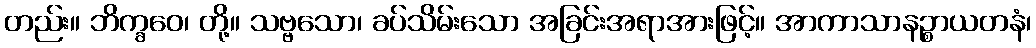
တည်း။ ဘိက္ခဝေ၊ တို့။ သဗ္ဗသော၊ ခပ်သိမ်းသော အခြင်းအရာအားဖြင့်။ အာကာသာနဉ္စာယတနံ၊